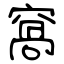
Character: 窩